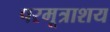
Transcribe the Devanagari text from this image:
परमूत्राशय